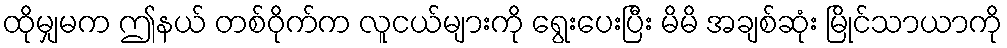
ထိုမျှမက ဤနယ် တစ်ဝိုက်က လူငယ်များကို ရွေးပေးပြီး မိမိ အချစ်ဆုံး မြိုင်သာယာကို